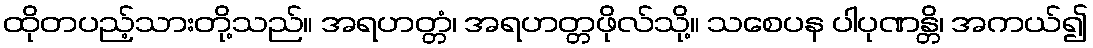
ထိုတပည့်သားတို့သည်။ အရဟတ္တံ၊ အရဟတ္တဖိုလ်သို့။ သစေပန ပါပုဏန္တိ၊ အကယ်၍